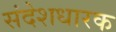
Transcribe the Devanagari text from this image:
संदेशधारक